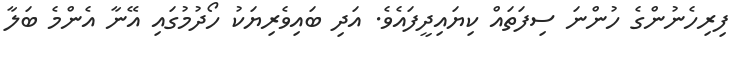
ފިރިހެނުންގެ ހުންނަ ސިފަތައް ކިޔައިދީފައެވެ. އަދި ބައިވެރިޔަކު ހޯދުމުގައި އޭނާ އެންމެ ބަލާ